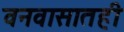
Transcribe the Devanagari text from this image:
वनवासातही